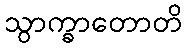
သွာက္ခာတောတိ